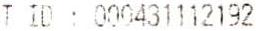
GST ID : 000431112192